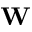
{ \bf W }